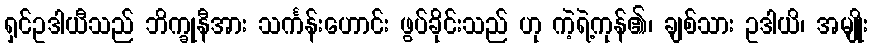
ရှင်ဥဒါယီသည် ဘိက္ခုနီအား သင်္ကန်းဟောင်း ဖွပ်ခိုင်းသည် ဟု ကဲ့ရဲ့ကုန်၏၊ ချစ်သား ဥဒါယိ၊ အမျိုး